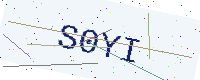
Text: S0YI